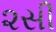
૨સી